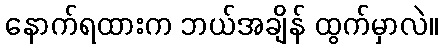
နောက်ရထားက ဘယ်အချိန် ထွက်မှာလဲ။